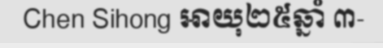
Chen Sihong អាយុ២៥ឆ្នាំ ៣-